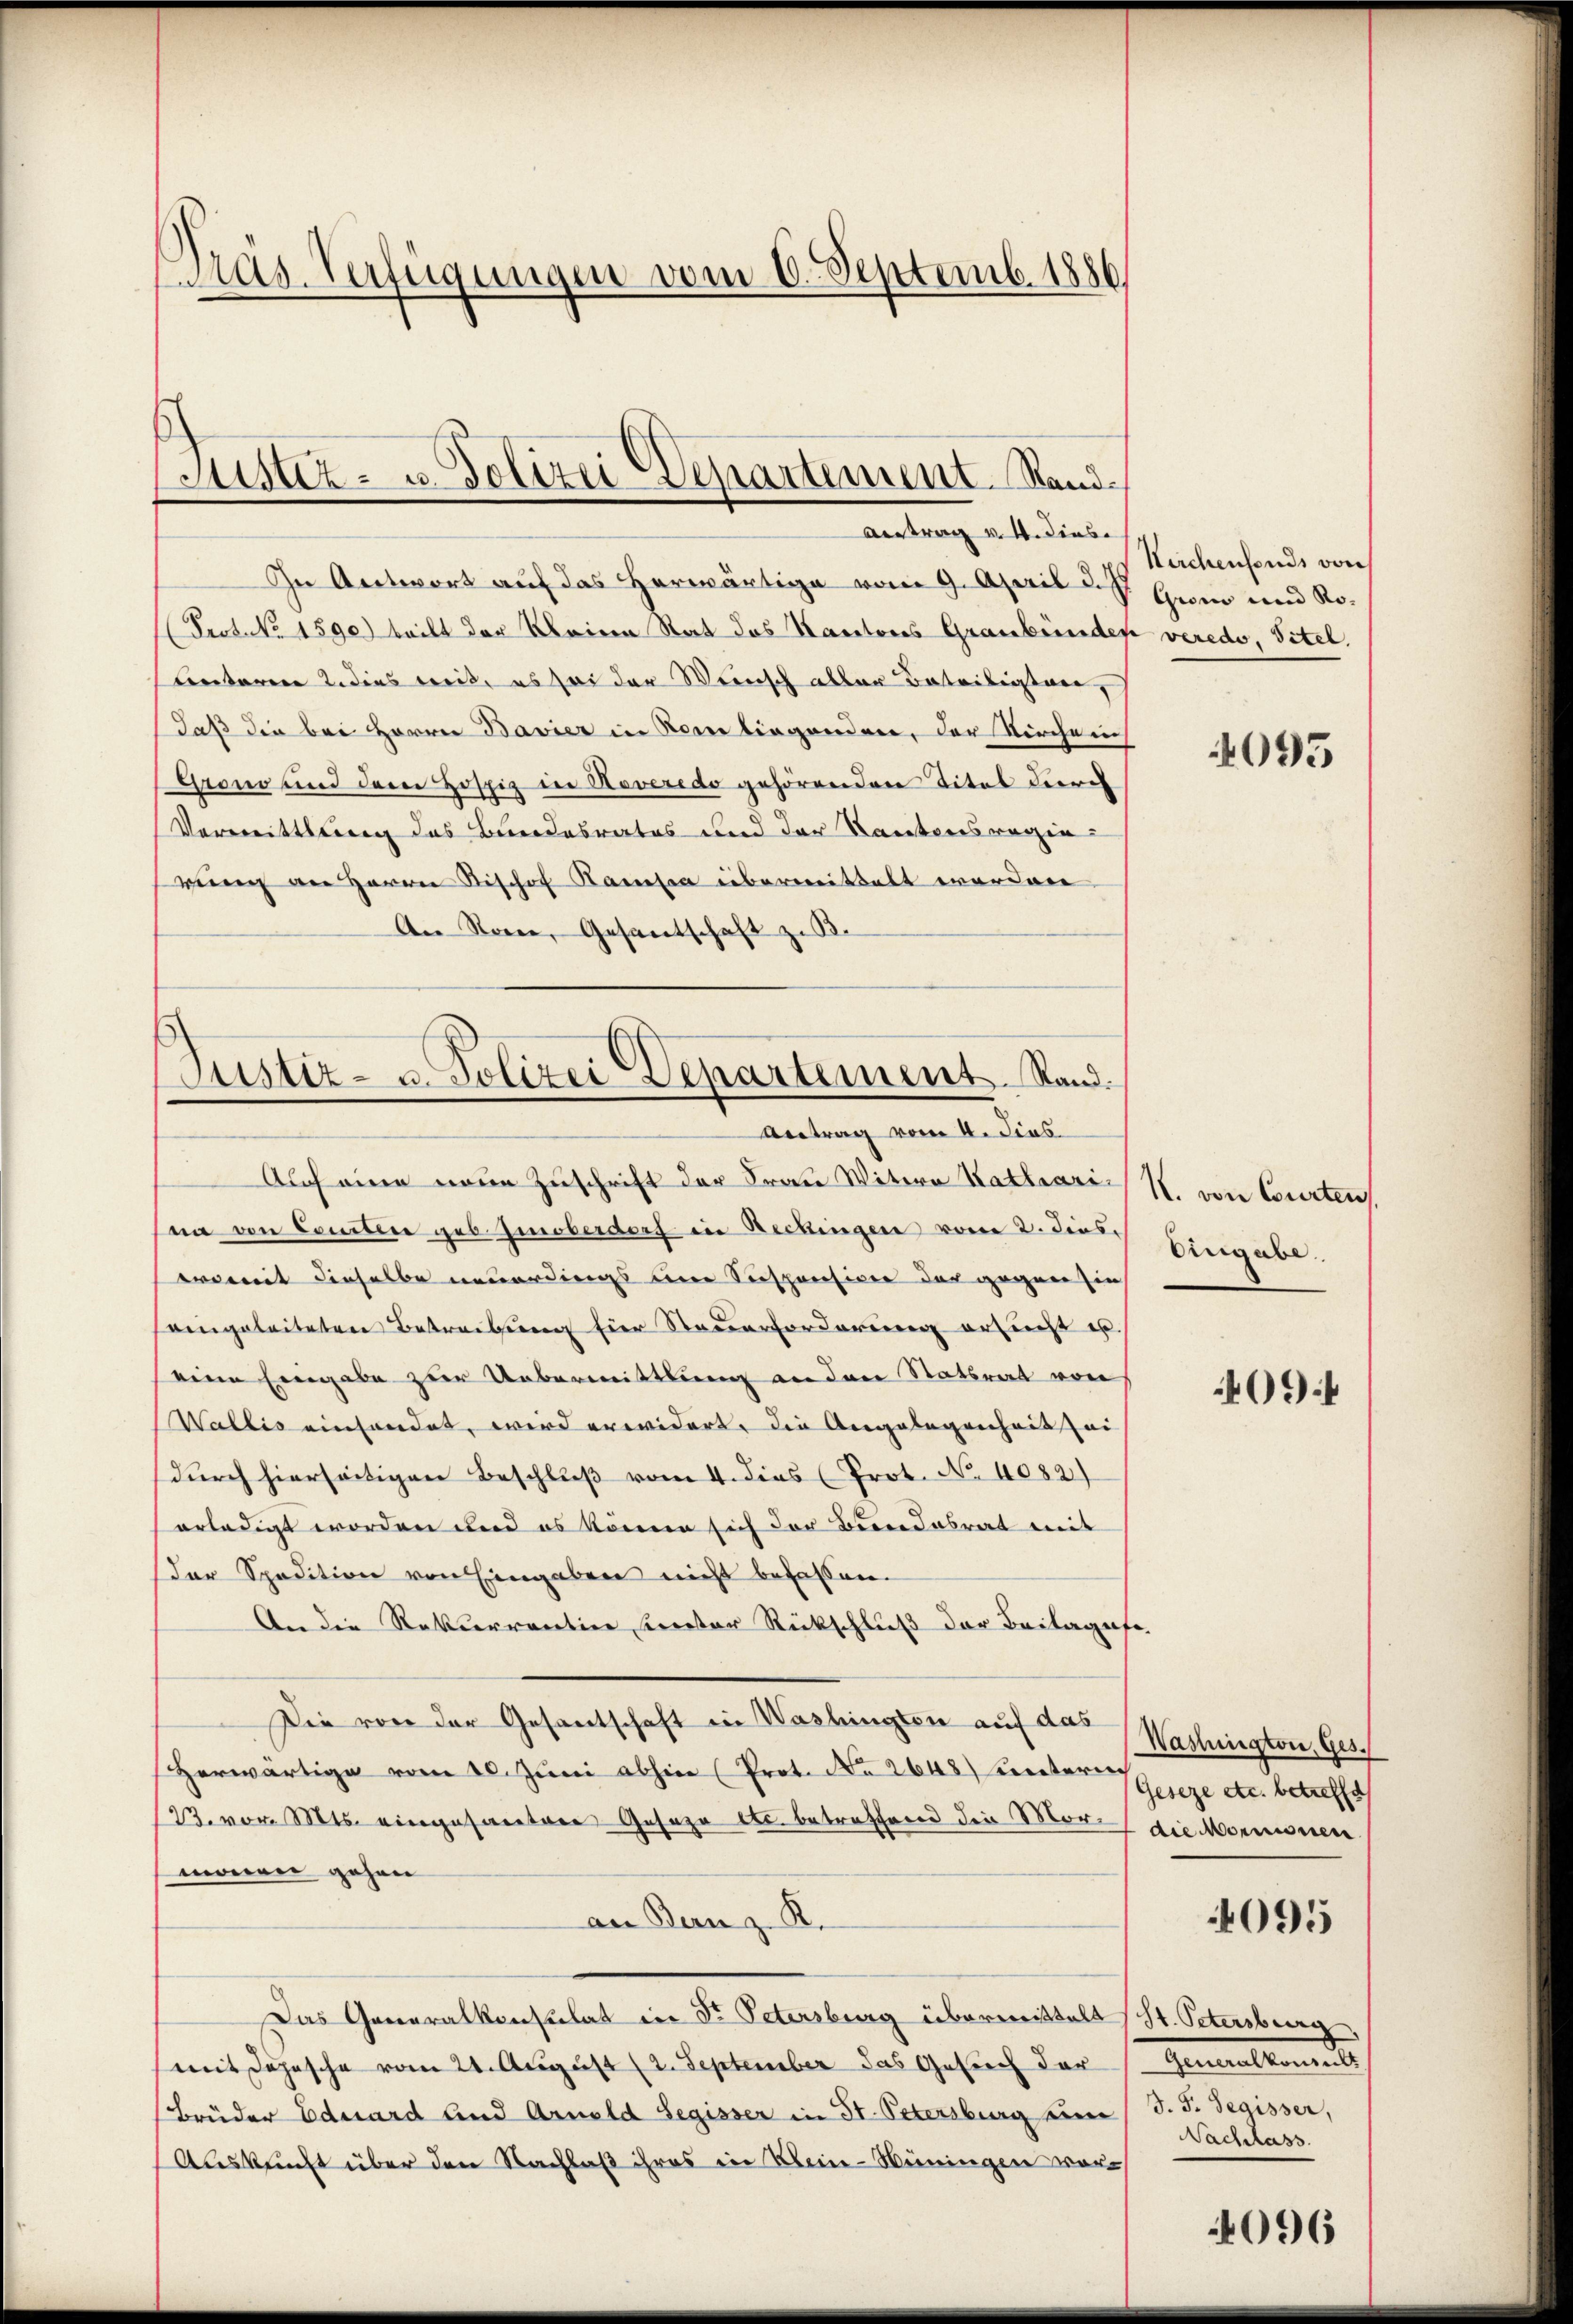
Präs. Verfügungen vom 6. Septemb. 1886

Justiz- u. Polizei Departement. Sand¬
Austrag v. 4. dies

In Antwort auf das herwärtige vom 9. April d. Js
Prot. No. 1590) teilt der Meiern Rat das Kantons Graubünder
Centoren u. dies weit, es sei der Wernisch allen Beteiligten,
daß die bei Herrn Bavier in Kontingenden, der Kirchen
Grono und dem Hospiz in Reveredo gehörenden Titel durch
Vormittlung des Bundesrates und der Kantonsregie
rŭng an Herrn Rischof Kama übermittelt worden
An Ron, Gesantschaft z. B.

Justiz- u. Polizei Departement. Rand.
Antrag vom 4. Jens

Nuchenfonds von
Grom und Ro-
veredo, Titel.

Auch eine neue Zuschrift der Frau Witere Katharis R. von Courtei
na von Contin geb. Imoberdorf in Beckingen vom 2. dies.
womit dieselbe neuerdings eine Seespensiven der gegen sie
eingeleiteten Betreibung hier Steuerforderung ersucht u.
eine Eingabe zur Uebermittlung an den Statsrat von
Wallis einsendet, wird erwidert, die Angelegenheit sei
durch hierseitigen Beschluß vom 4. dies (Prot. No 1082)
erledigt worden und es können sich der Beendesrat mit
der Spedition von Eingaben nicht befassen.
An die Rekurrentin Kereter Rückschluß der Beilagense
Die von der Gesantschaft in Washingten auf das
Herwärtige vom 10. Jŭni abhin (Prot. No 2648) hinterrich
(23. vom Mts. eingesantere Gesage etc. betreffend die Morf die Mornionen
maieren gehen
an Benz. R.
Das Generalkonsulat in Dr. Petersburg übermittelt (St. Petersburg
mit Sophische vom 21. August (2. September das Gesuch der Generalkoments
Brüder Eduard und Arnold Segisser in St. Petersburg ken (S. J. Segisser,
Auskunft über den Nachlaß ihres in Klein-Hüningen vor¬

4095

Eingabe.

409 f

Washington, Ges.
Geseze etc. betreffe

4095

Nachlass

4096